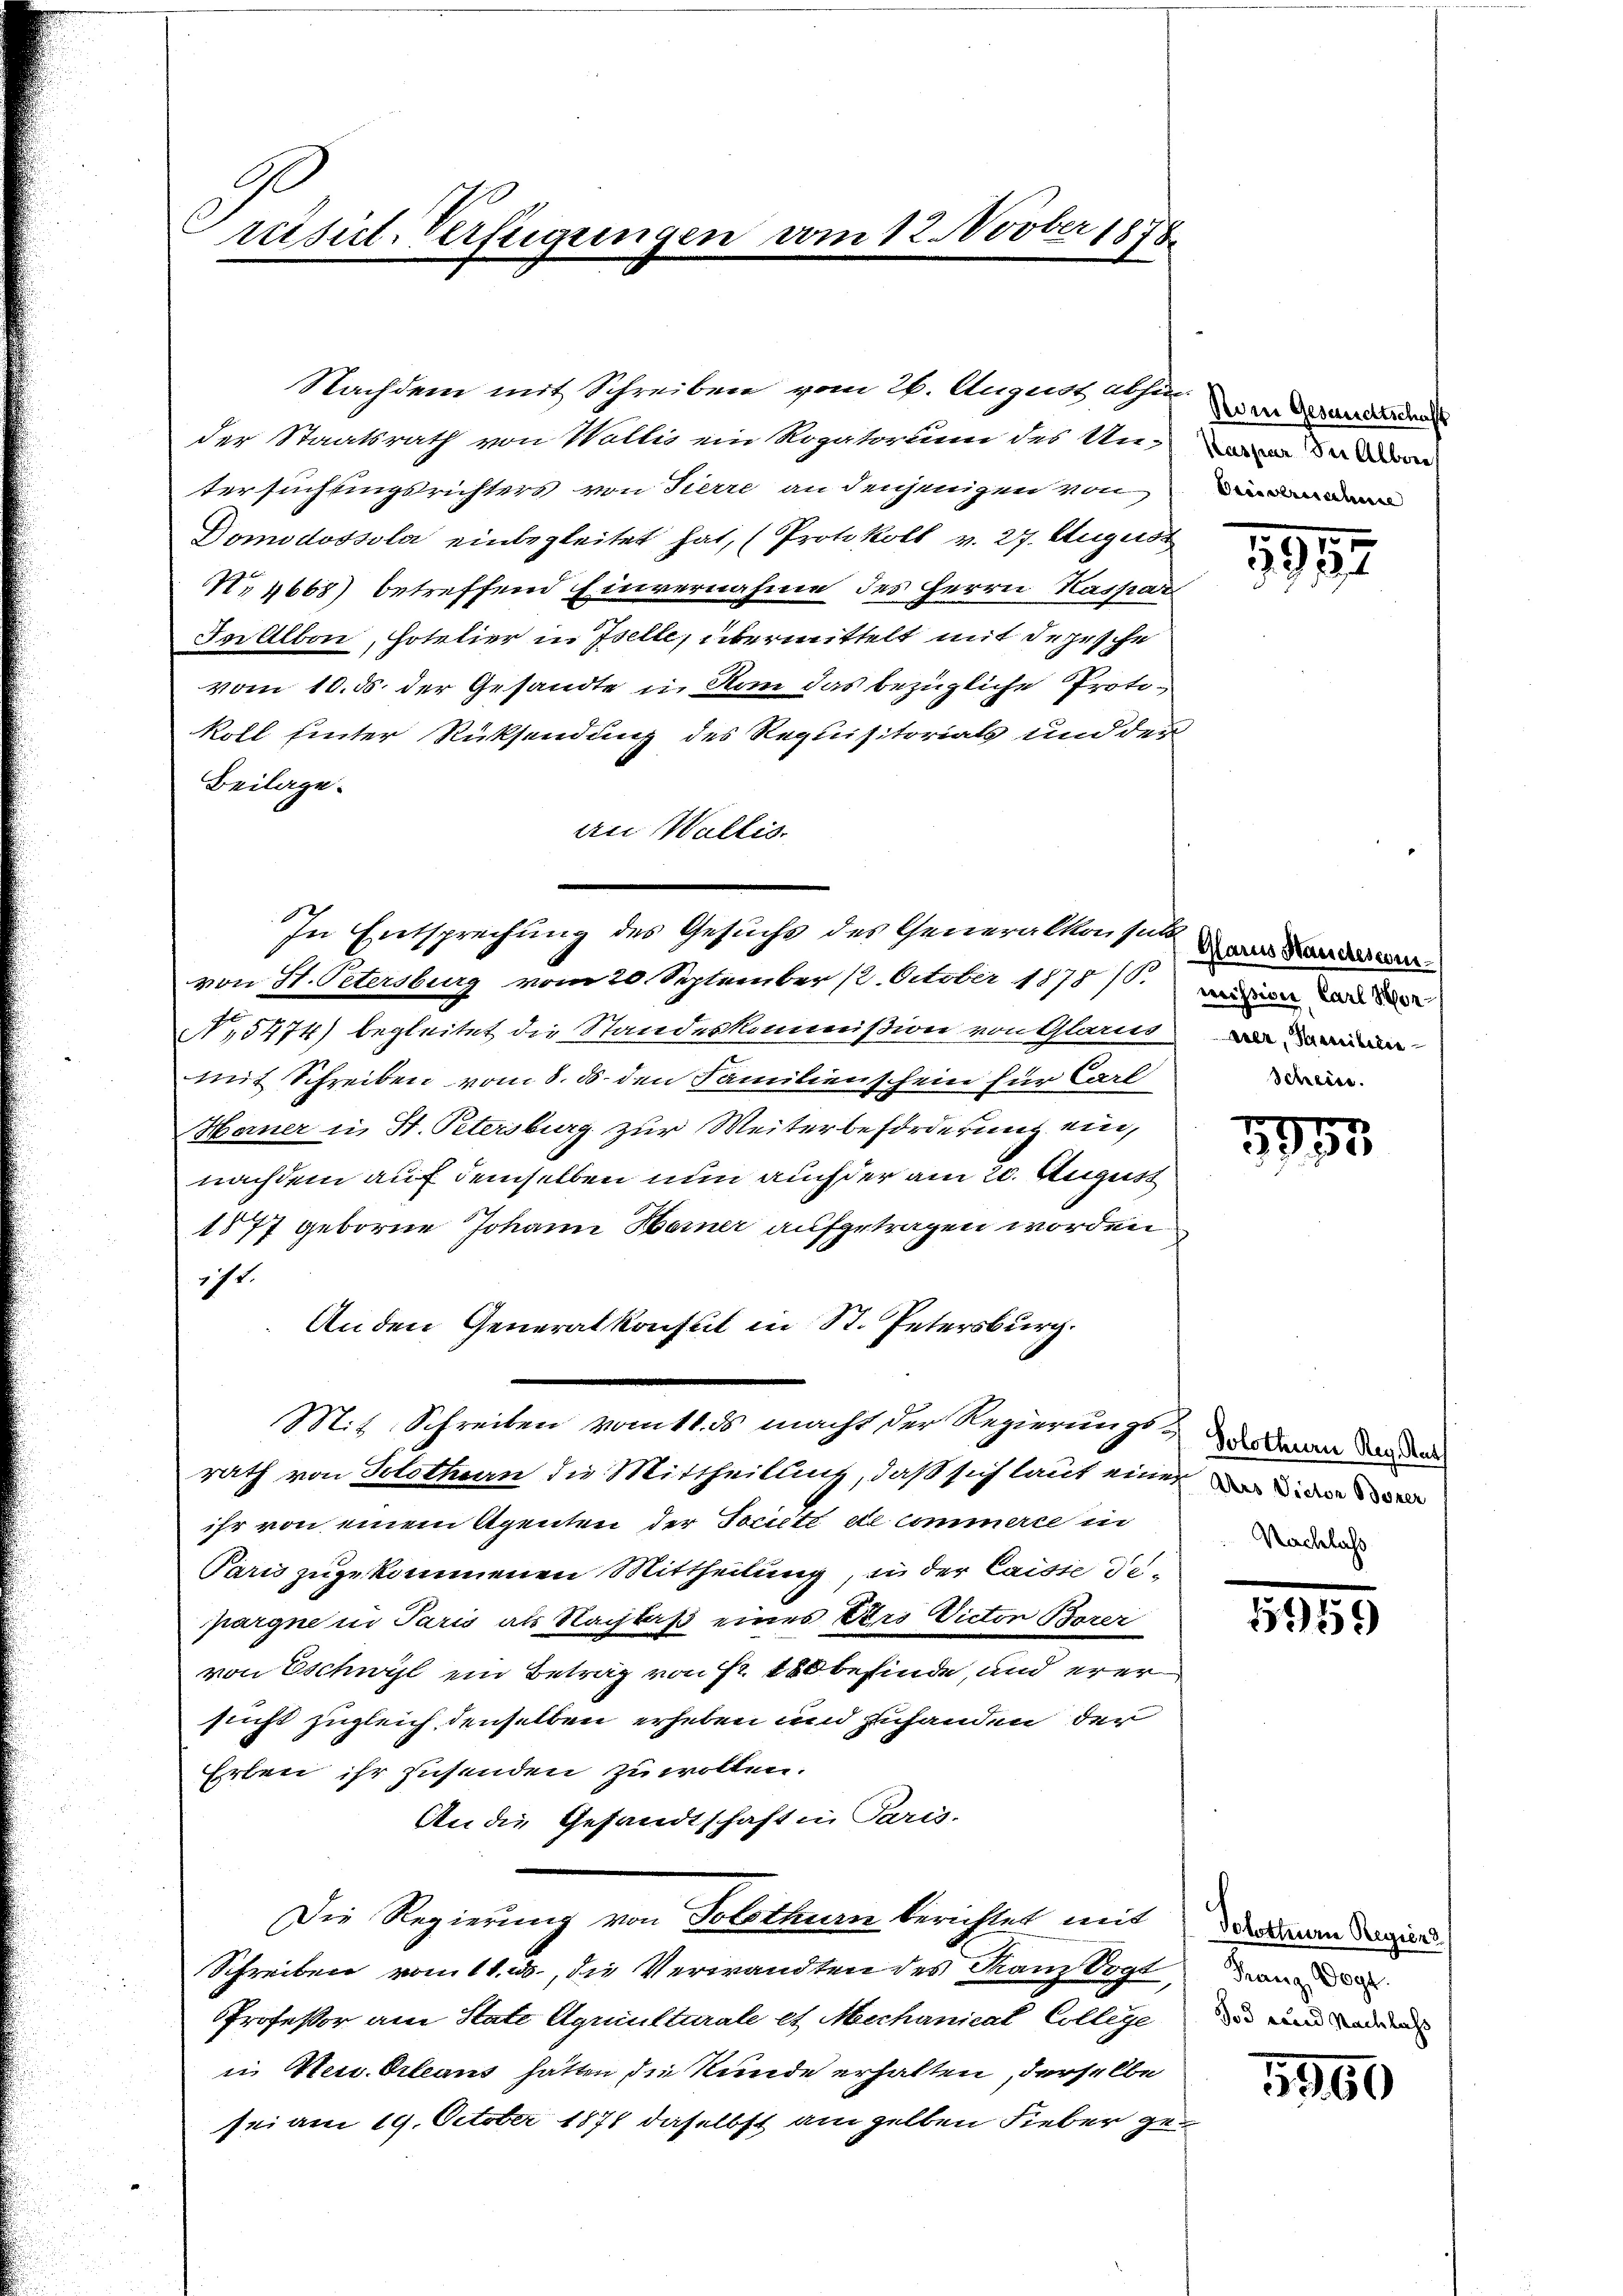
räisict. Verfügungen vom 12. vober 1878.

Nachdem mit Schreiben vom 26. August als in Gesandidat
der Staatsrath von Wallis ein Rogatorium des Unwider den
tersuchtungsrichters von Tierre an denjenigen von
Domodossola einbegleitet hat, (Protokoll v. 27. August
No 4665) betreffend Einvernahme des Herrn Kassat
In Albon, Hotelier in Iselle, übermittelt mit dersche
vom 10. ds. der Gesandte in Rom das bezügliche Protokoll hinter Rücksendung des Requisitorials und der
Beilage.
an Wallis
In Entsprechung des Gesuche des Generalkonsul war da
von H. Petersburg vom 20. September 1. October 1878.
N,5474) begleitet die Standeskommißion von Glarus an
mit Schreiben vom 8. ds. den Familienschein für Carl
Horner in St. Petersburg zur Weiterbeförderung ein,
nachdem auf demselben nun auch der am 20. August
1877 geborne Johann Heiner aufgetragen worden.
icht.
An den Generalkonsul in St. Petersburg.
Mit Schreiben vom 11. ds. macht der Regierungs- & des daran der den
rath von Solothurn die Mittheilung, daß sich laut einer wie
ihr von einem Agenten der Societé de commerce in
Paris zugekommenen Mittheilung, in der Caisie de-
pargne in Paris als Nachbas eines Pro Victor Borer
von Eschwyl ein Betrag von Fr. 180 befinde, und erer
sucht zugleich denselben erheben und zuhanden der
Erben ihr zusenden zu wollen.
An die Gesandtschaft in Paris.
Die Regierung von Solothurn berichtet mit
Schreiben vom 11. ds., die Verwandten des Kanz Oogt, wie
PProfessor am State Aquiultarale et Mechanicat College
in Neu Orleans hätten die Stunde erhalten, derselbe
sei am 19. October 1871 daselbst am selben Fieber ge¬

1912

mission Carl Mon¬
Scheide.

o
5953

Nachlass

15959

Solothurn Regier
Tod und Nachlass

5960